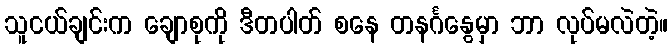
သူငယ်ချင်းက ချောစုကို ဒီတပါတ် စနေ တနင်္ဂနွေမှာ ဘာ လုပ်မလဲတဲ့။